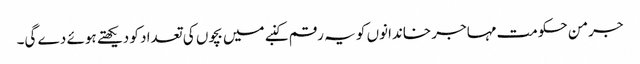
جرمن حکومت مہاجر خاندانوں کو یہ رقم کنبے میں بچوں کی تعداد کو دیکھتے ہوئے دے گی۔